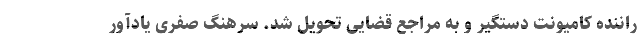
راننده کامیونت دستگیر و به مراجع قضایی تحویل شد. سرهنگ صفری یادآور